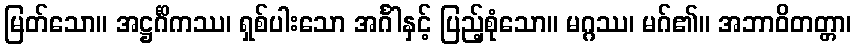
မြတ်သော။ အဋ္ဌင်္ဂိကဿ၊ ရှစ်ပါးသော အင်္ဂါနှင့် ပြည့်စုံသော။ မဂ္ဂဿ၊ မဂ်၏။ အဘာဝိတတ္တာ၊